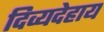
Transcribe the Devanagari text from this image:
दिव्यदेहाय